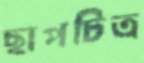
ছাপচিত্র